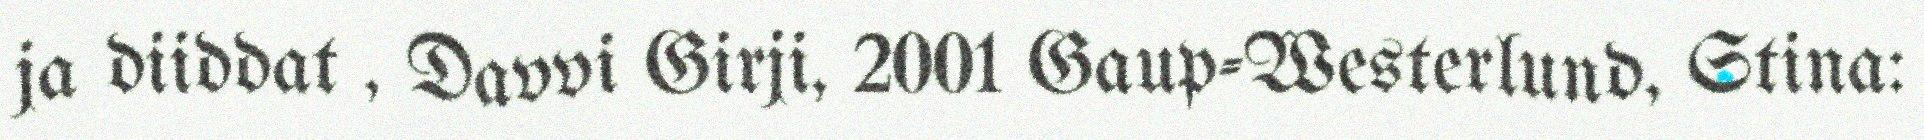
ja diiddat , Davvi Girji, 2001 Gaup-Westerlund, Stina: